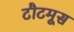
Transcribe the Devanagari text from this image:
टौटमूस